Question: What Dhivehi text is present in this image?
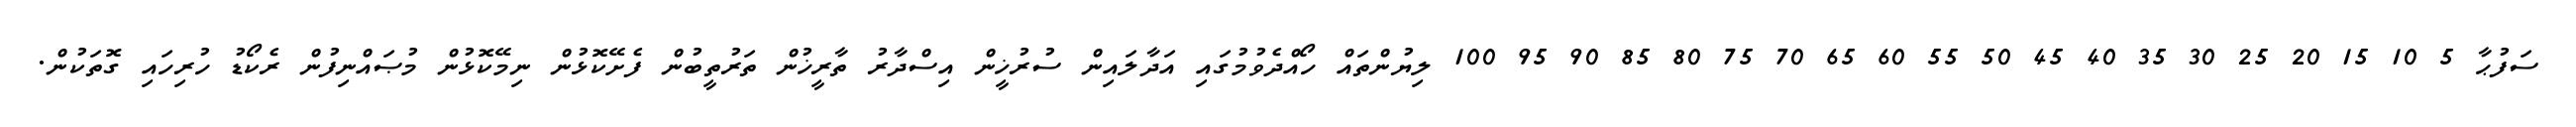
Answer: ސަފުޙާ 5 10 15 20 25 30 35 40 45 50 55 60 65 70 75 80 85 90 95 100 ލިޔުންތައް ހޯއްދެވުމުގައި އަދާލައިން ސުރުޚީން އިސްދާރު ތާރީޚުން ތަރުތީބުން ފެށޭކޮޅުން ނިމޭކޮޅުން މުޞައްނިފުން ރެކޯޑު ހުރިހައި ގޮތަކުން.